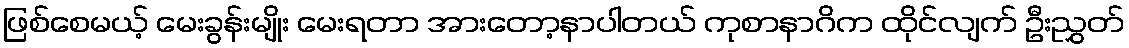
ဖြစ်စေမယ့် မေးခွန်းမျိုး မေးရတာ အားတော့နာပါတယ် ကုစာနာဂိက ထိုင်လျက် ဦးညွှတ်